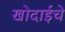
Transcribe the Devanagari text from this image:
खोदाईचे